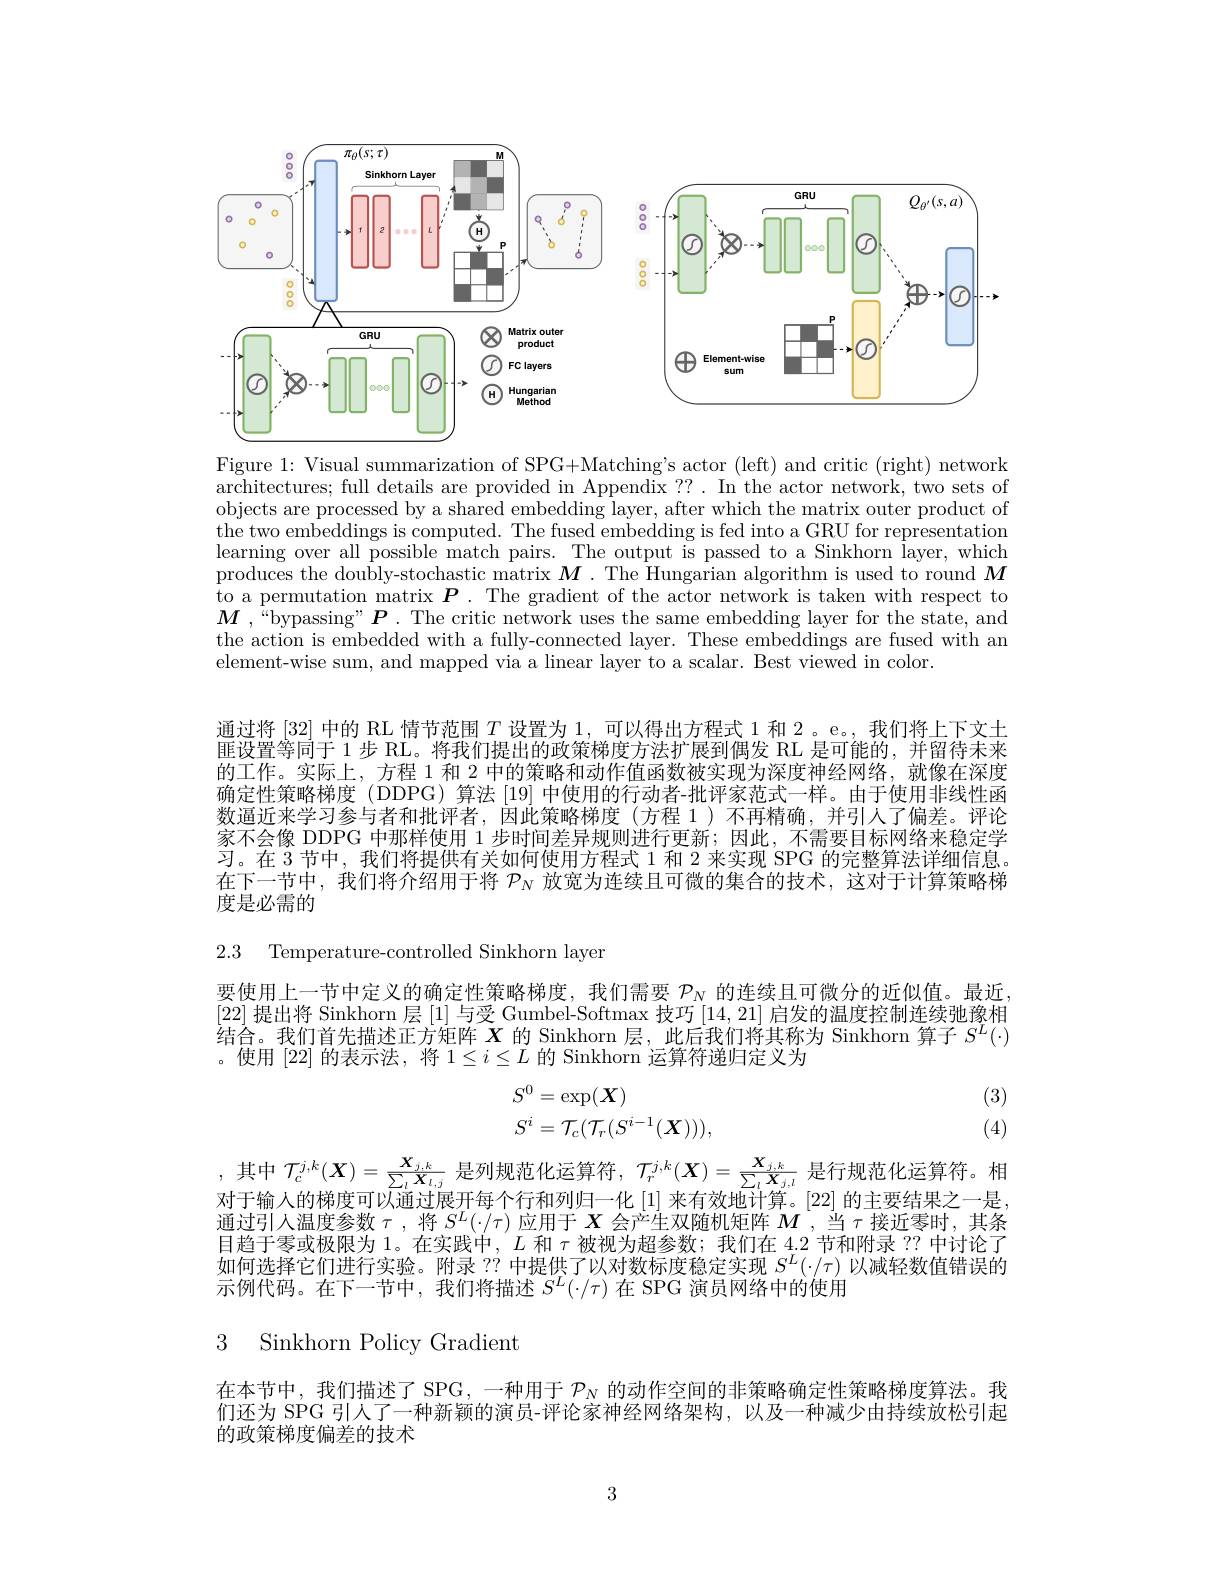
<FigureHere>

Figure 1: Visual summarization of SPG+Matching's actor (left) and critic (right) network $\bar{\text{architectures; full details are provided in Appendix ??. In the actor network, two sets of}}$ objects are processed by a shared embedding layer, after which the matrix outer product of the two embeddings is computed. The fused embedding is fed into a GRU for representation learning over all possible match pairs. The output is passed to a Sinkhorn layer, which $\tilde{\text{produces the doubly-stochastic matrix }M}.\tilde{\text{ The Hungarian algorithm is used to round }M}$ to a permutation matrix $\boldsymbol{P}.$ The gradient of the actor network is taken with respect to $M$ ,“bypassing”P. The critic network uses the same embedding layer for the state, and the action is embedded with a fully-connected layer. These embeddings are fused with an element-wise sum, and mapped via a linear layer to a scalar. Best viewed in color.

通过将 [32] 中的 RL 情节范围$T$设置为 1, 可以得出方程式 1 和 2。e。, 我们将上下文士匪设置等同于 1 步 RL。将我们提出的政策梯度方法扩展到偶发 RL 是可能的，并留待未来的工作。实际上，方程 1 和 2 中的策略和动作值函数被实现为深度神经网络，就像在深度确定性策略梯度 (DDPG) 算法 [19] 中使用的行动者-批评家范式一样。由于使用非线性函数逼近来学习参与者和批评者，因此策略梯度(方程 1)不再精确，并引人了偏差。评论家不会像 DDPG 中那样使用 1 步时间差异规则进行更新；因此，不需要目标网络来稳定学习。在 3 节中，我们将提供有关如何使用方程式 1 和 2 来实现 SPG 的完整算法详细信息在下一节中，我们将介绍用于将$\mathcal{P}_N$放宽为连续且可微的集合的技术，这对于计算策略梯度是必需的
2.3 Temperature-controlled Sinkhorn layer

要使用上一节中定义的确定性策略梯度，我们需要$\mathcal{P}_N$的连续且可微分的近似值。最近[22]提出将 Sinkhorn 层 [1] 与受 Gumbel-Softmax 技巧 [14, 21] 启发的温度控制连续弛豫相结合。我们首先描述正方矩阵$X$的 Sinkhorn 层，此后我们将其称为 Sinkhorn 算子$S^L(\cdot)$ 。使用 [22] 的表示法，将$1\leq i\leq L$的 Sinkhorn 运算符递归定义为
$$\begin{aligned}S^0&=\exp(\boldsymbol X)\\S^i&=\mathcal T_c(\mathcal T_r(S^{i-1}(\boldsymbol X))),\end{aligned}$$
(3) (4)

,其中 $\mathcal{T}_c^{j,k}(\boldsymbol{X})=\frac{\boldsymbol{X}_{j,k}}{\sum_l\boldsymbol{X}_{l,j}}$ 是列规范化运算符$,\mathcal{T}_r^{j,k}(\boldsymbol{X})=\frac{\boldsymbol{X}_{j,k}}{\sum_l\boldsymbol{X}_{j,l}}$ 是行规范化运算符。相对于输人的梯度可以通过展开每个行和列归一化 [1] 来有效地计算。[22] 的主要结果之一是， 通过引人温度参数$\tau$ ,将$S^L(\cdot/\tau)$应用于$X$会产生双随机矩阵$M$ ,当$\tau$接近零时，其条目趋于零或极限为 1。在实践中，$L$和$\tau$被视为超参数；我们在 4.2 节和附录 ?? 中讨论了如何选择它们进行实验。附录 ?? 中提供了以对数标度稳定实现$S^L(\cdot/\tau)$以减轻数值错误的示例代码。在下一节中，我们将描述$S^L(\cdot/\tau)$在 SPG 演员网络中的使用

3 Sinkhorn Policv Gradient

在本节中，我们描述了 SPG, 一种用于$\mathcal{P}_N$的动作空间的非策略确定性策略梯度算法。我们还为 SPG 引人了一种新颖的演员-评论家神经网络架构，以及一种减少由持续放松引起的政策梯度偏差的技术

3